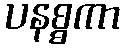
ပနစ္စကာ